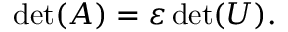
\operatorname* { d e t } ( A ) = \varepsilon \operatorname* { d e t } ( U ) .